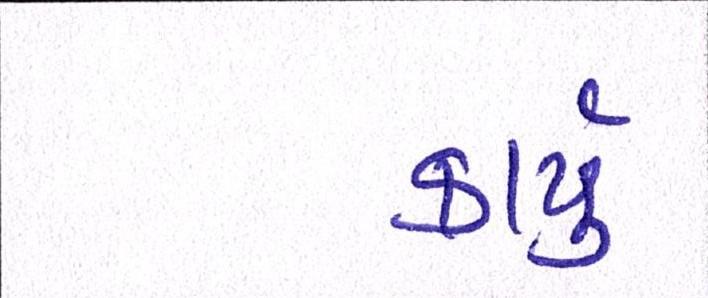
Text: કાર્યું